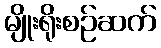
မျိုးရိုးစဉ်ဆက်